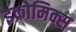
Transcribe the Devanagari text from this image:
इक्रोमिक्स